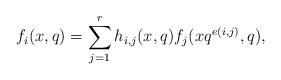
LaTeX: \begin{align*}f_i(x,q)=\sum_{j=1}^rh_{i,j}(x,q)f_j(xq^{e(i,j)},q),\end{align*}